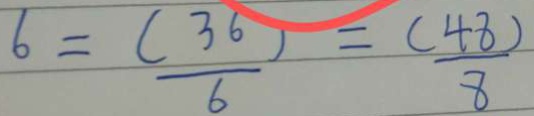
6 = \frac { ( 3 6 ) } { 6 } = \frac { ( 4 8 ) } { 8 }